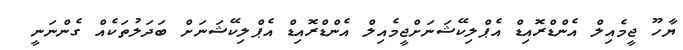
ޔާހޫ ޖީމެއިލް އެންޑްރޮއިޑް އެޕްލިކޭޝަނަށްޖީމެއިލް އެންޑްރޮއިޑް އެޕްލިކޭޝަނަށް ބަދަލުތަކެއް ގެންނަނީ